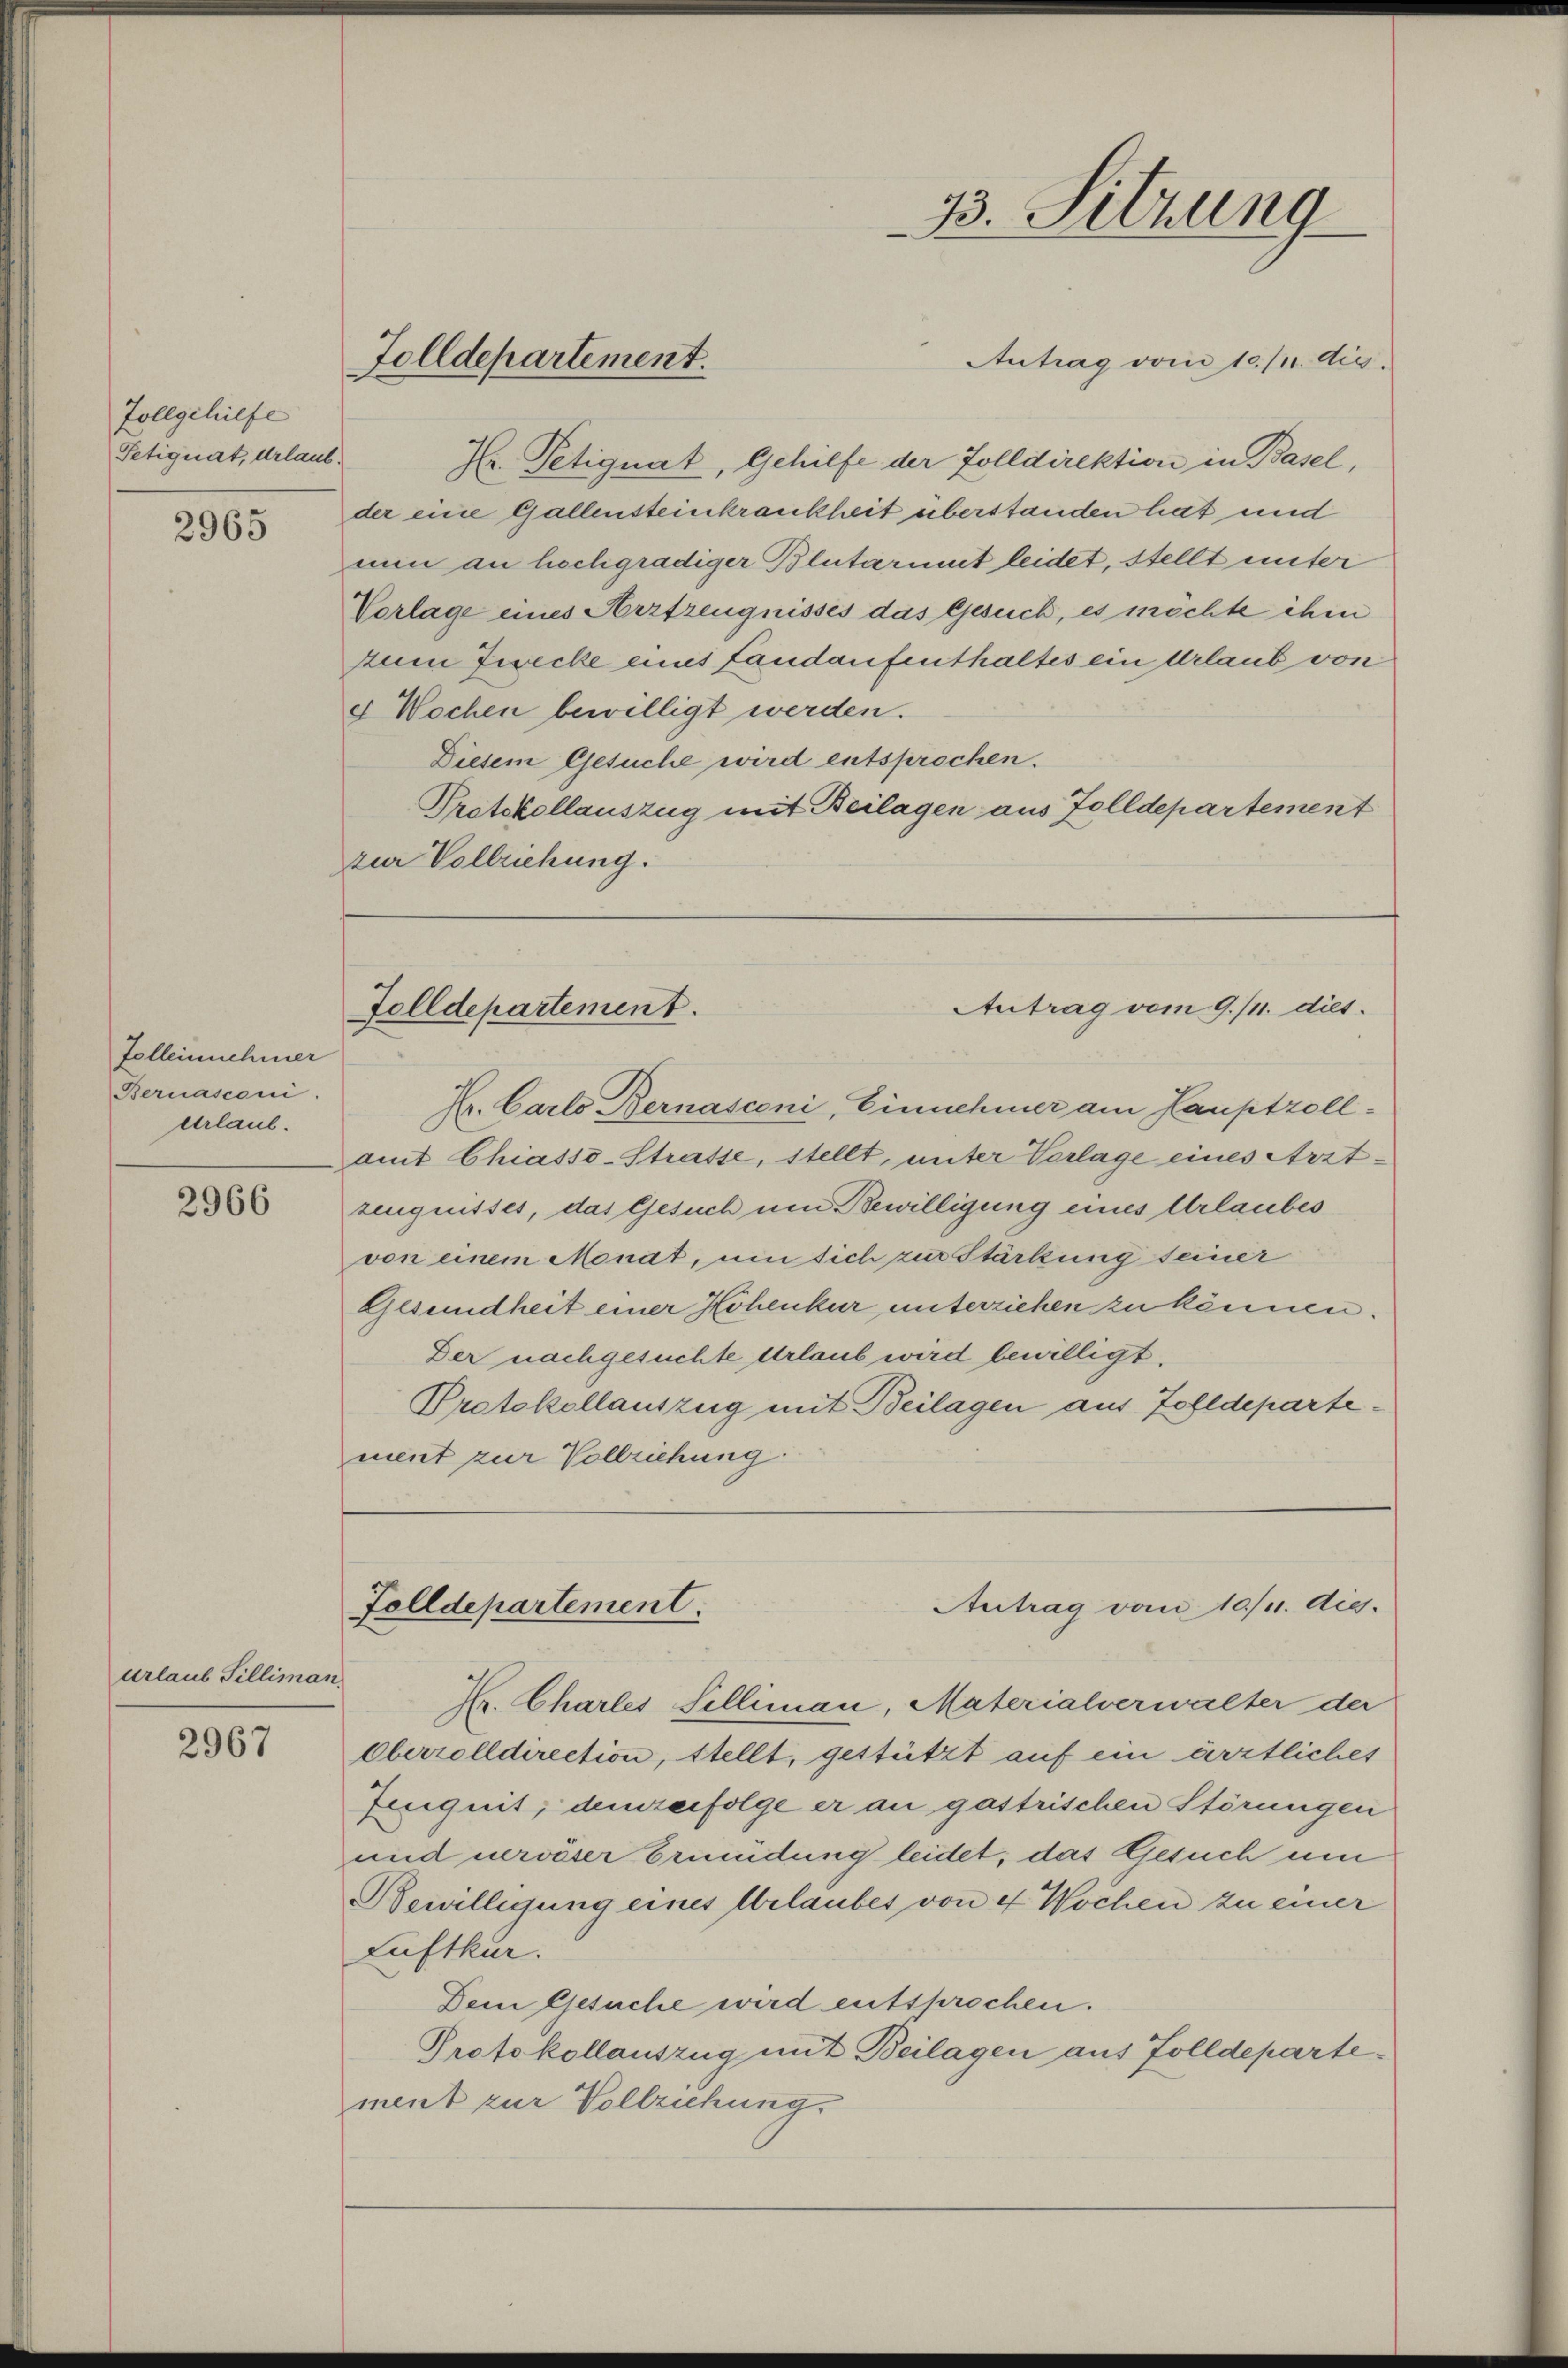
Zollgehilfe
Petiquat, Urlaub.

2965

Felleinnehmer
Bernasconi.
Urlaub.

2966

urlaub Tilliman

2967

Antrag vom 10./1. Aug.
Hr. Petignat, Gehilfe der Zolldirektion in Basel,
der eine Gallensteinkrankheit überstanden hat und
nun an hochgradiger Blutarmut leidet, stellt unter
Vorlage eines Arztzeugnisses das Gesuch, es möchte ihm
zum Zwecke eins Landaufenthaltes ein Urlaub von
4 Wochen bewilligt werden.
Diesem Gesuche wird entsprochen.
Protokollauszug mit Beilagen aus Zolldepartement
zur Vollziehung.

Tolldepartement.

33. Sitzung

Tolldepartement.
Antrag vom 9./11. dies

Hr. Carlo Bernasconi, Einnehmer am Hauptzollait Chiasso-Strasse, stellt, unter Vorlage eines Arztzeugnisses, das Gesuch um Bewilligung eines Urlaubes
von einem Monat, um sich zur Stärkung seiner
Gesundheit einer Hohenkur unterziehen zu können.
Der nachgesuchte Urlaub wird bewilligt.
Protokollauszug mit Beilagen aus Zolldepartement zur Vollziehung.

Folldepartement.
Antrag vom 10/1. Aug.

Luftkür.

H. Charles Silliman, Materialverwalter der
Oberrolldirection, stellt, gestützt auf ein ärztliches
Zeugnit, demzufolge er an gastrischen Störungen
und nervöser Ermüdung leidet, das Gesuch um
Bewilligung eines Urlaubes von 4 Wochen zu einer
Dem Gesuche wird entsprochen.
Protokollauszug mit Beilagen aus Zolldepartement zur Vollziehung